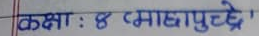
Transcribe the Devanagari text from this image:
कक्षा : 8 प्रमाक्षापुच्छे'